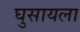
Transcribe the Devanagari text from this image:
घुसायला